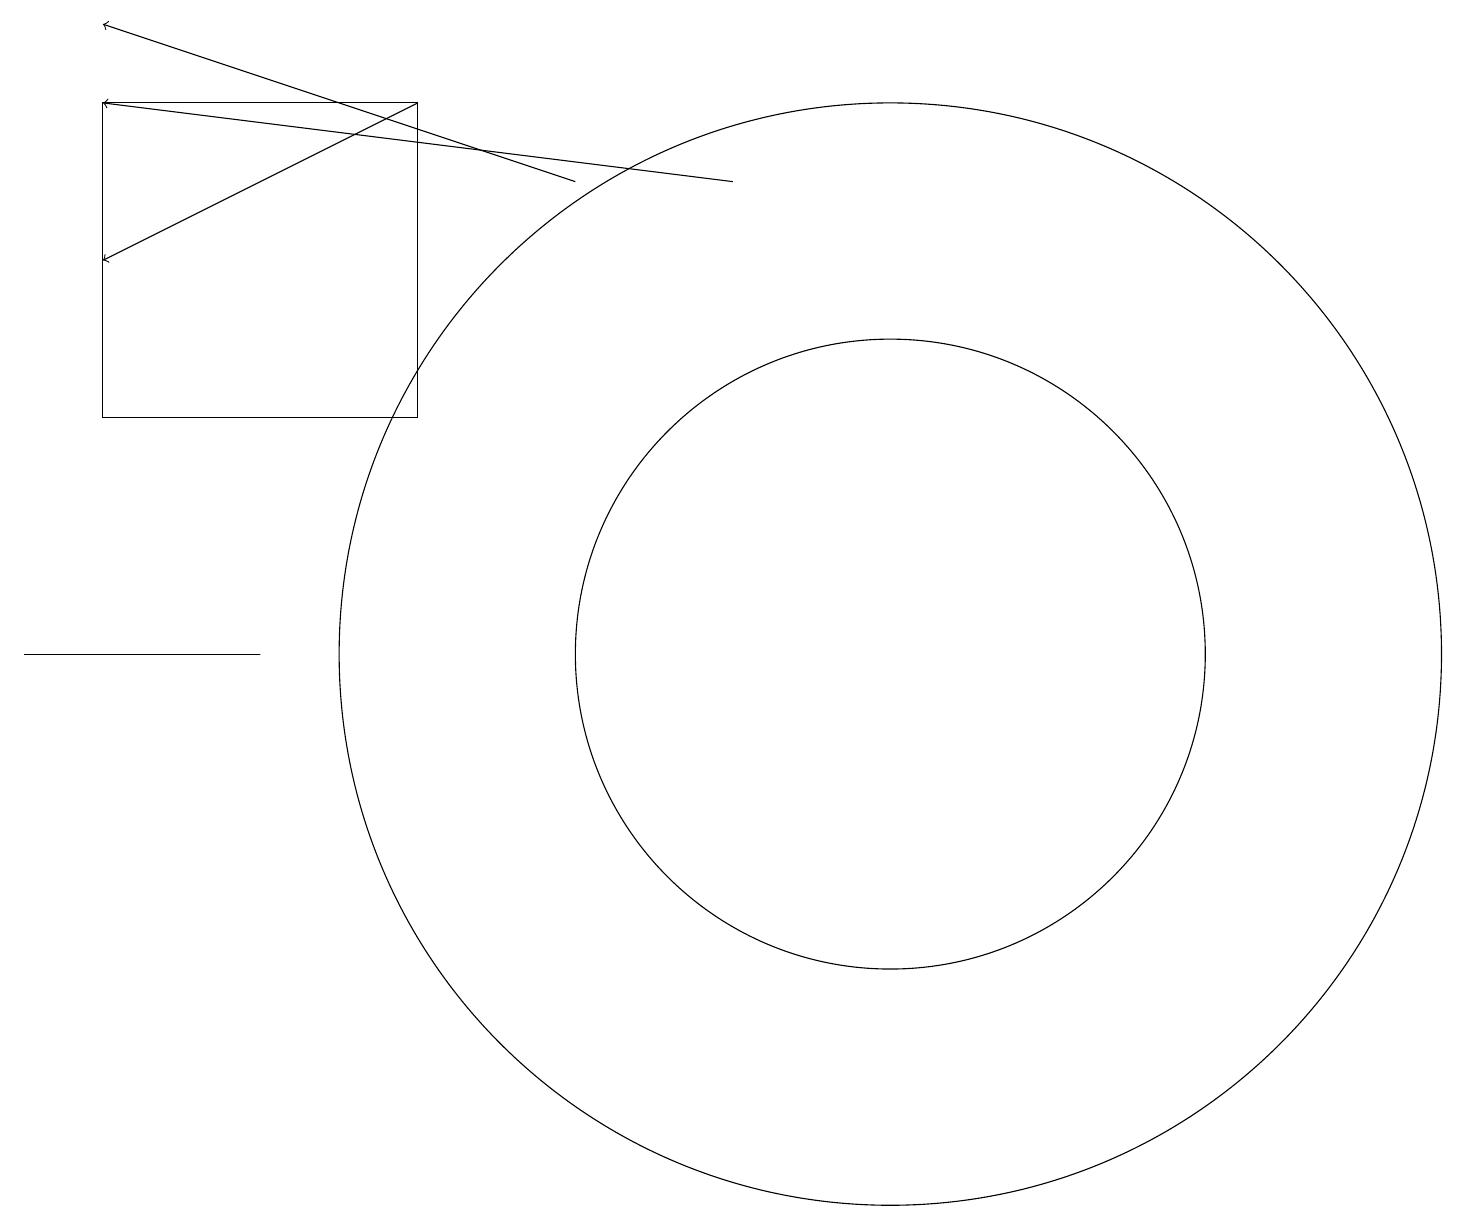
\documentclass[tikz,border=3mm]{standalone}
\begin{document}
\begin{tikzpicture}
\draw[->] (5,17) -- (1,15);
\draw (11,10) circle (4);
\draw (11,10) circle (7);
\draw[->] (7,16) -- (1,18);
\draw (1,13) rectangle (5,17);
\draw (0,10) rectangle (3,10);
\draw[->] (9,16) -- (1,17);
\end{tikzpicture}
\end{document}